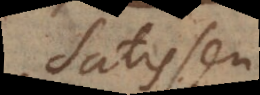
Satis seu